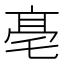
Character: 𠅢